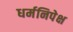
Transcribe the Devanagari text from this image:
धर्मनिपेक्ष